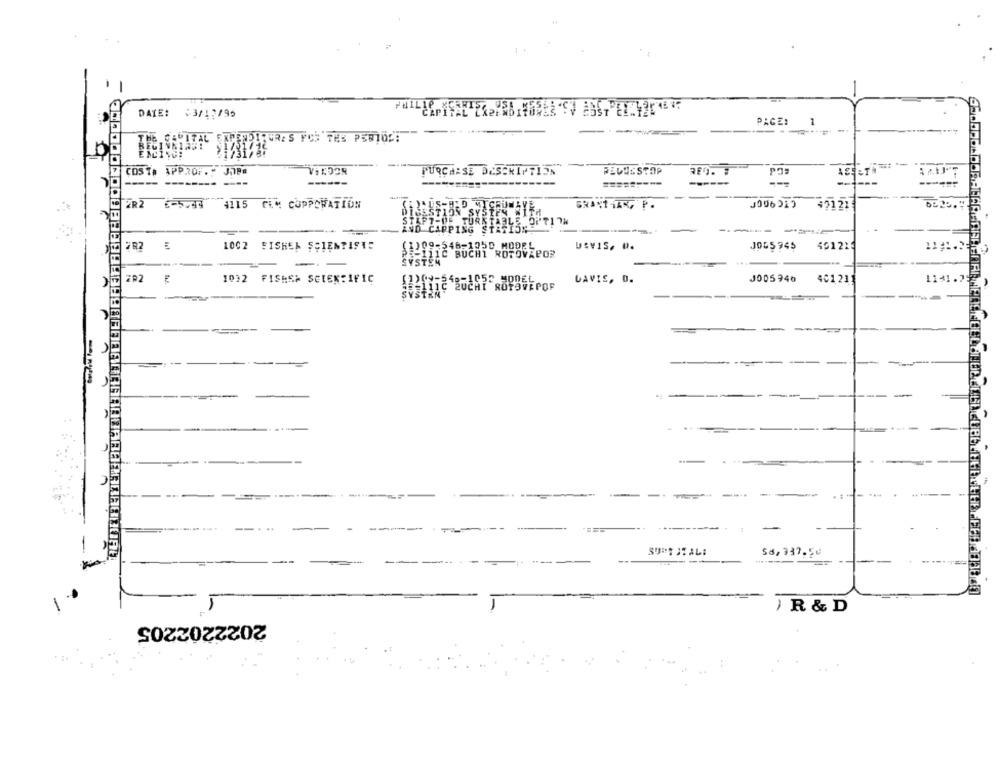
DATE: +3/12/95
PHILERPi
PAGE:
1
--=
THE CAPITAL ENTENDITURE S FOR THE PSD
21731/8r
VERDER
-
COSTA APPROF." JOPA
PURCHASE DESCRIPTION
FELLESTOP
-------- ---
---
=========
2R2 6-5.94
4115 PLN CUPPORATION
GRANTHAN, P.
J006013
42121
ESTION SYSTEM WITH
-OF TURNTABLE OP'TITN
CAPPING STATISK
-
282
1002 FISHER SCIENTISTS
J055945
491223
BEIDE BUCHI ROTOVZPOR
--
7 ER2
1032 FISHER SCIENTIFIC
LAVIE, D.
J005946
401 211
-
-
--..
...
Sa, 337.5€
) R & D
2022202205